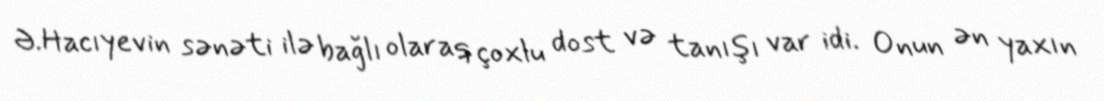
Ə.Hacıyevin sənəti ilə bağlı olaraq çoxlu dost və tanışı var idi. Onun ən yaxın